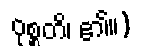
ဝုစ္စတိ၊ ၏။)